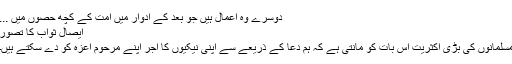
دوسرے وہ اعمال ہیں جو بعد کے ادوار میں امت کے کچھ حصوں میں ...
ایصال ثواب کا تصور
مسلمانوں کی بڑی اکثریت اس بات کو مانتی ہے کہ ہم دعا کے ذریعے سے اپنی نیکیوں کا اجر اپنے مرحوم اعزہ کو دے سکتے ہیں۔